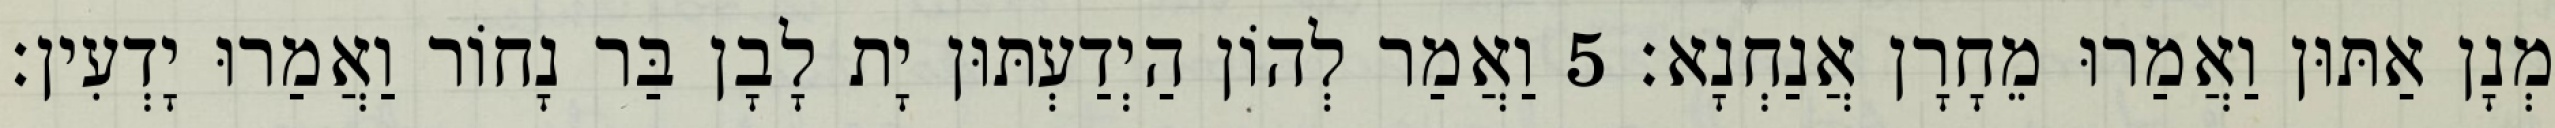
מְנָן אַתּוּן וַאֲמַרוּ מֵחָרָן אֲנַחְנָא׃ 5 וַאֲמַר לְהוֹן הַיְדַעְתּוּן יָת לָבָן בַּר נָחוֹר וַאֲמַרוּ יָדְעִין׃